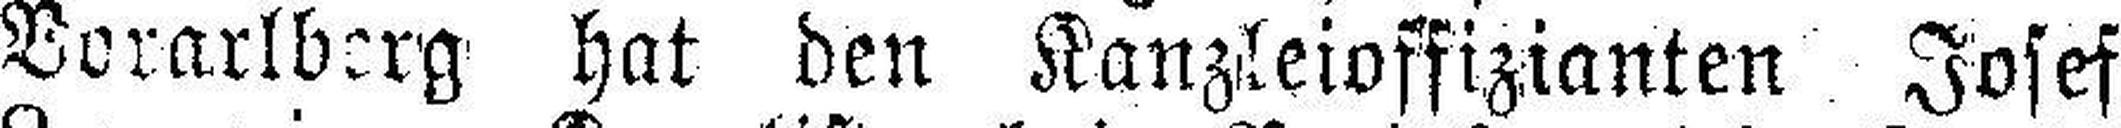
Vorarlberg hat den Kanzleioffizianten Josef